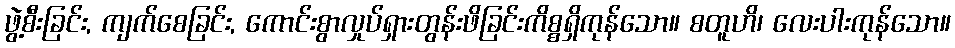
ဖွဲ့စီးခြင်း, ကျက်စေခြင်း, ကောင်းစွာလှုပ်ရှားတွန်းဖိခြင်းကိစ္စရှိကုန်သော။ စတူဟိ၊ လေးပါးကုန်သော။